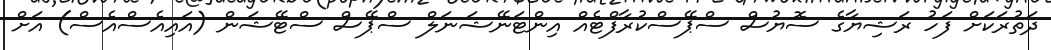
ދަތުރަކަށް ފަހު ރަޝިޔާގެ ސޮޔުސް ސްޕޭސްކުރާފްޓެއް އިންޓަނޭޝަނަލް ސްޕޭސް ސްޓޭޝަން (އައިއެސްއެސް) އަށް